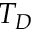
T _ { D }